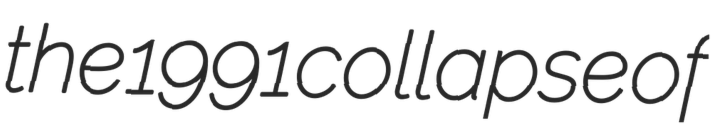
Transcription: the 1991 collapse of